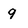
Character: 9